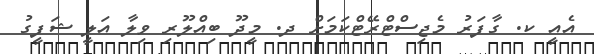
އެއީ ކ. ގާފަރު މެޖިސްޓްރޭޓްކަމަށް ދ. މީދޫ ބިއްލޫރި ވިލާ އަލީ ޝަފީގު